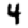
Digit: 4